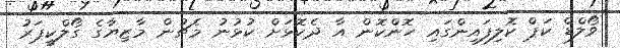
ވޯލްޑް ކަޕް ކޮލިފައިންގައި ހޮންކޮން އާ ދެކޮޅަށް ކުޅުނު މެޗުން މާޒިޔާގެ ގޯލްކީޕަރު